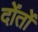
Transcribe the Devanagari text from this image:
दोंतों